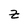
Character: z